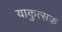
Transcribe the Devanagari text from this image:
याकुत्सक